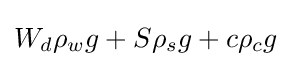
W_{d}\rho _{w}g+S\rho _{s}g+c\rho _{c}g